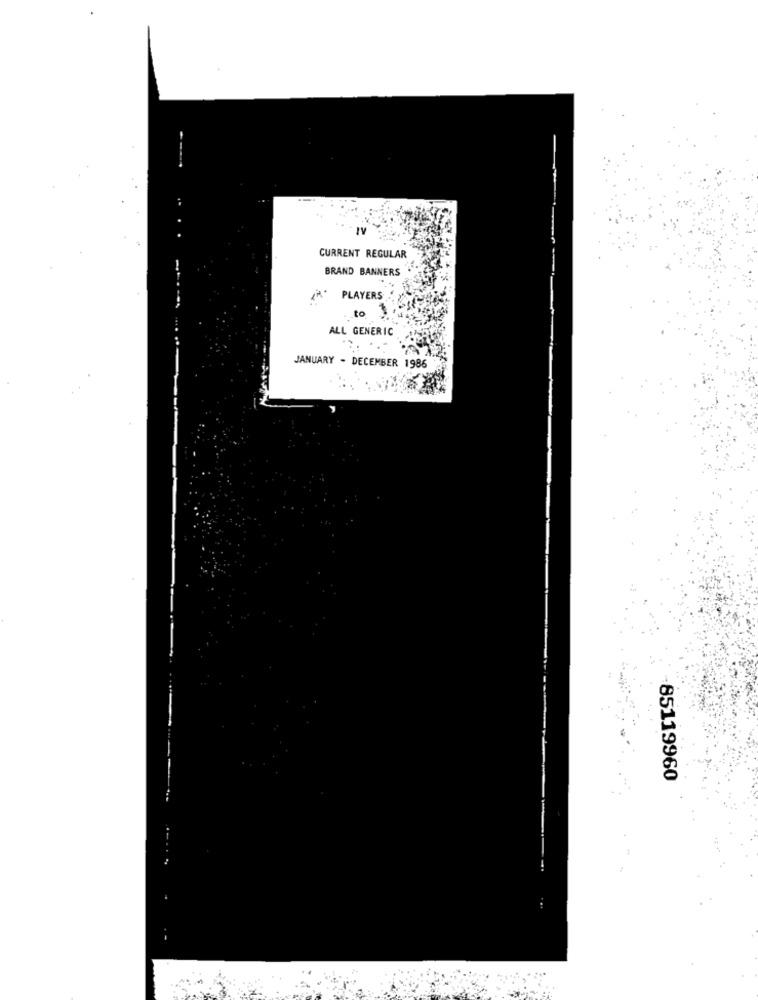
CURRENT REGULAR
BRAND BANNERS
PLAYERS
to
ALL GENERIC
... ..-
JANUARY . DECEMBER 1986
85119960